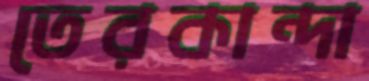
তেরকান্দা